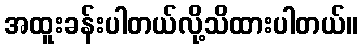
အထူးခန်းပါတယ်လို့သိထားပါတယ်။